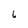
Character: 6